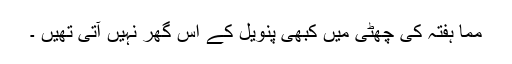
مما ہفتہ کی چھٹی میں کبھی پنویل کے اِس گھر نہیں آتی تھیں ۔